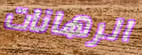
الرهانات